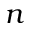
n